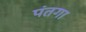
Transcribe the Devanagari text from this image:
पंतगा